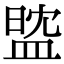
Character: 𥁻